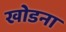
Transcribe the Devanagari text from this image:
खोडना